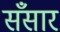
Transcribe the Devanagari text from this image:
सँसार